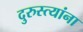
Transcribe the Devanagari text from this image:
दुरुस्त्यांना